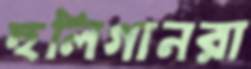
হুলিগানরা